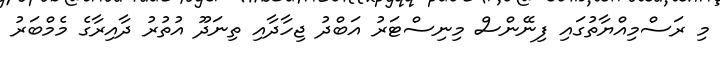
މި ރަސްމިއްޔާތުގައި ފިނޭންސް މިނިސްޓަރު އަބްދު ޖިހާދާއި ތިނަދޫ އުތުރު ދާއިރާގެ މެމްބަރު